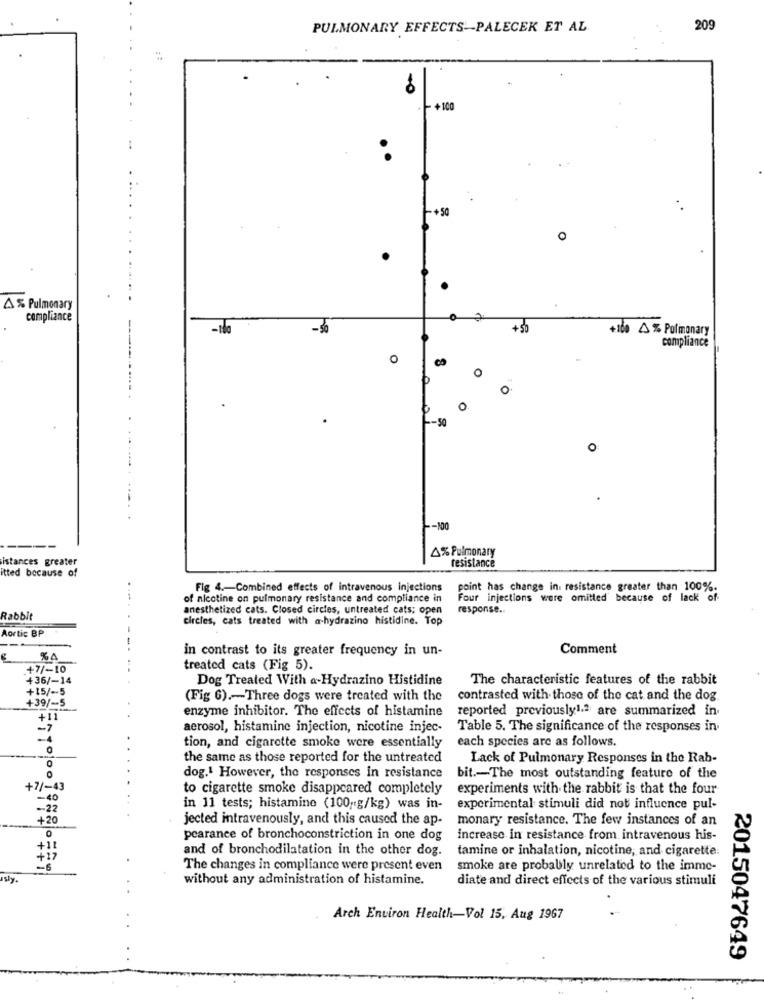
PULMONARY EFFECTS-PALECEK ET AL
209
+ 100
..
+50
À % Pulmonary
compliance
+100 % Pulmonary
compliance
CO
O
0
-50
o
-100
4% Pulmonary
istances greater
resistance
itted because of
Fig 4 .- Combined effects of intravenous injections
point has change in. resistance greater than 100%.
of nicotine on pulmonary resistance and compliance in
Four injections were omitted because of lack of
anesthetized cats. Closed circles, untreated cats; open
response ..
Rabbit
circles, cats treated with a-hydrazino histidine. Top
Aortic BP
in contrast to its greater frequency in un-
Comment
%A
+7/-10
treated cats (Fig 5).
+36/-14
Dog Treated With a-Hydrazino Histidine
The characteristic features of the rabbit
+15/ -- 5
(Fig 6) .- Three dogs were treated with the
contrasted with those of the cat and the dog
+39/-5
enzyme inhibitor. The effects of histamine reported previously1.ª are summarized in
+11
-7
aerosol, histamine injection, nicotine injec-
Table 5. The significance of the responses in.
-1
each species are as follows.
tion, and cigarette smoke were essentially
the same as those reported for the untreated
Lack of Pulmonary Responses in the Rab-
0
0
dog.1 However, the responses in resistance
bit .- The most outstanding feature of the
+7/-43
to cigarette smoke disappeared completely
experiments with the rabbit is that the four
-40
-22
in 11 tests; histamine (100,g/kg) was in-
experimental stimuli did not influence pul-
+20
jected intravenously, and this caused the ap-
monary resistance. The few instances of an
0
pearance of bronchoconstriction in one dog
increase in resistance from intravenous his-
+1
and of bronchodilatation in the other dog.
tamine or inhalation, nicotine, and cigarette.
+1
-6
The changes in compliance were present even
smoke are probably unrelated to the imme-
without any administration of histamine.
diate and direct effects of the various stimuli
Arch Environ Health-Vol 15. Aug 1967
2015047649